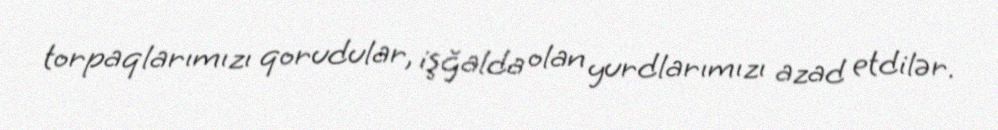
torpaqlarımızı qorudular, işğalda olan yurdlarımızı azad etdilər.